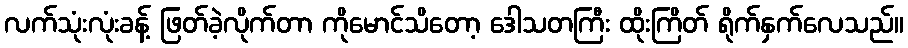
လက်သုံးလုံးခန့် ဖြတ်ခဲ့လိုက်တာ ကိုမောင်သိတော့ ဒေါသတကြီး ထိုးကြိတ် ရိုက်နှက်လေသည်။